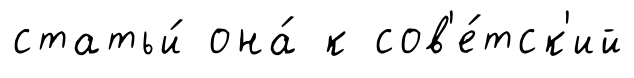
статьи́ она́ к сов'е́тск'ий